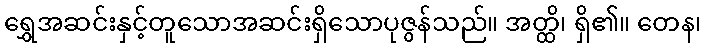
ရွှေအဆင်းနှင့်တူသောအဆင်းရှိသောပုဇွန်သည်။ အတ္ထိ၊ ရှိ၏။ တေန၊